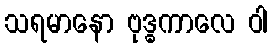
သရမာနော ဗုဒ္ဓကာလေ ဝါ